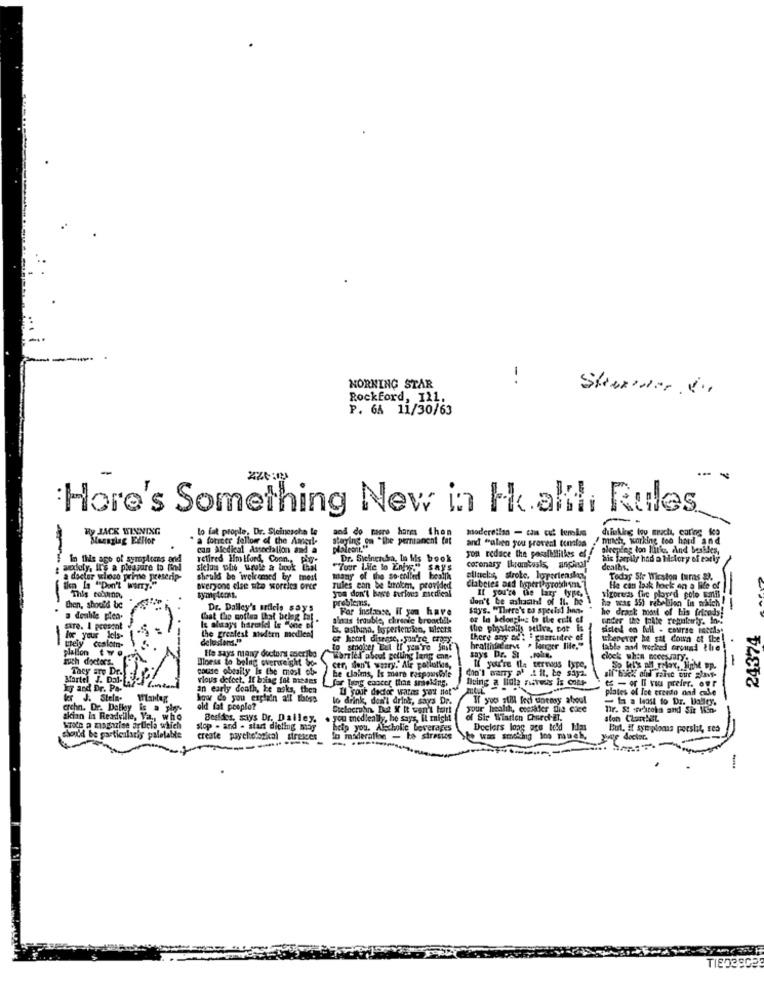
1
MORNING STAR
Rockford, 111.
P. 6A 11/30/63
...
Hore's Something New in Hallli Rules
Ry JACK WINNING
to fat people. Dr. Sloinesoha Le
and do macro harms then
moderetlan - can cut temin
diluting tou mach, catios lep
a forcer follow of the Ameri-
staying om "the permanent fat
and "alien you proveni tenias , mnich, working too hard and
mnich, working too hard
can Medical Association and a
and "alien you provent tenalos
you reduce the possibilities el
aleendes lon luth, And bestles,
In this age of symptoms and
retired Im tford, Conn ., pip.
Dr. Sieinensa, In his book
his family had a history of early
aouly, It's a pleasure to find
sielan phe wrule a book Chal
"Your I.Me lo Eng." Says
coronary thrombosis, anginal"
dealbs.
a doctor whoso prime prescrip-
should be welcomed by most
many of the so-called health
ellucks, strobe, hoperiensay.
Today Ste Wieston turs ).
lien Is "Don't WAITy.
Everyone else sito woreles orte
Tules can be brolem, provided
you don't have serious escdieal
diabetes and ligperthgroth sma."
If you're the lazy type,
He can lask lock on a life of
This to.vina,
problems.
don't be ashachl of Il. he
sizorecs fire played polo Emil
ha was 55) rebellion ins which!
----
then, shootd be
Dr. Dalley's orfiels says
For instance, if you have
Say's. "There's no special Jin-
he drank meel of bis fricods!
a double piea.
Chat Che qoftea that beleg tal .
ginats trouble, chronic broacti !!-
under the tolte regularly. In-
24374
care. 1 prosent
Is always harmiel is "one of
Is, asthma, Iopertension, mleers
the physicails sefive, por is
sisted en Mil - course Beefist
-
for your Jels-
the greatest andern medien!
delusions.
there any of': i guarcutee of
whenever he sat down &t fle
trely coslotn-
plalion two
He says many doctors escribo
to smokey Tel If you're Susl'
hrattinediteve > Fanger life."
table and worked Ground the
ruth doctors.
Ioess to belng overweight So-
Married about pelling lang cnn-
says Dr. St. ...
clock when necessary.
They are Dr.
cause obesily is the most ob-
cer, don't worry."Air pollution,
Il your're Ila ternous type,
vlous defect, If bring fat medes
he claims, Is mara responsible
for Tung enocer than smacking,
Being a lidl navwas iz ooes-
don't warry al .& it, te saya.
- or Il vos prefer. our
If and Dr. Pa-
Content
an early death, he asks, then
plates of Ice creado dad case
ler J. Stela-
higor do you explain all those
lo drink, don't drink, says Dr.
If you still feel uneasy absoul
ta a least to Dr. Valley.
archn. Dr. Dallay
is a ply
old fat people?
your health, cocikker dia cie
Tir. St wwwkrohn and Siz Mon-
akcion la Readville, Va ., who
Besides, says Dr. Dailey.
. you medically, he says, il right
of Sir Wisrien Cherch-ET.
ston Clon!EL
Loc a magazine article which
stop - and - start dieling may
help you. Alcholic Leverages
Dcciers long ace told him
But, if syingloans porslit, ses
should be particularly paletable
create psychological siresces
In moderation - to strestes
She was smokinig loo muel,
your doctor.
----
TIEDESCER